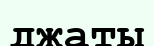
джаты